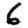
Digit: 6